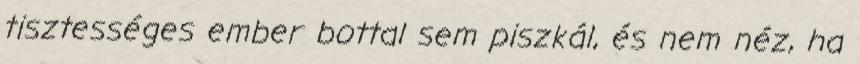
tisztességes ember bottal sem piszkál, és nem néz, ha